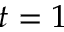
t = 1